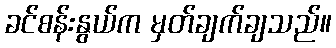
ခင်စန်းနွယ်က မှတ်ချက်ချသည်။